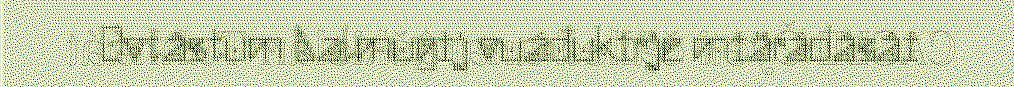
Ovtâstum Aalmugij vuáđukirje miärádâsâi